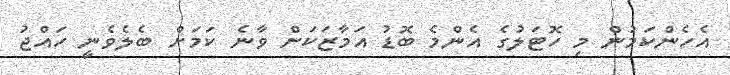
އެހެންކަމުން މި ހޮޓަލުގެ އެންމެ ބޮޑު އަމާޒަކަށް ވާނެ ކަމަށް ބެލެވެނީ ހައްޖު